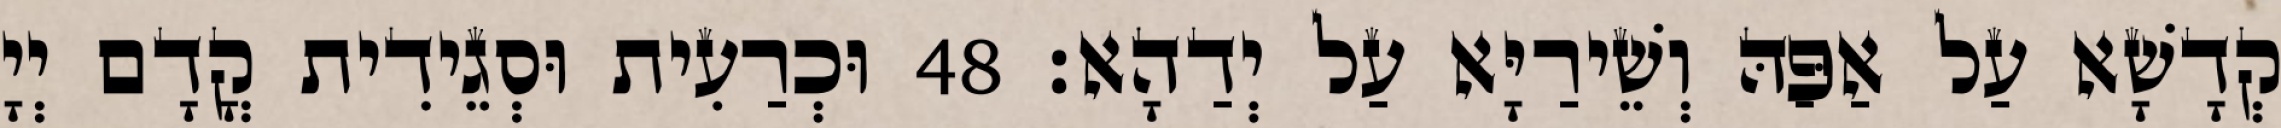
קְדָשָׁא עַל אַפַּהּ וְשֵׁירַיָּא עַל יְדַהָא׃ 48 וּכְרַעִית וּסְגֵידִית קֳדָם יְיָ